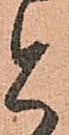
と